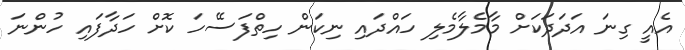
އެއީ ގިނަ އަދަދަކަށް މާމެލާމެލި ހައްދައި ނިކަން ހިތްފަސޭހަ ކޮށް ހަދާފައި ހުންނަ